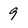
Character: 9